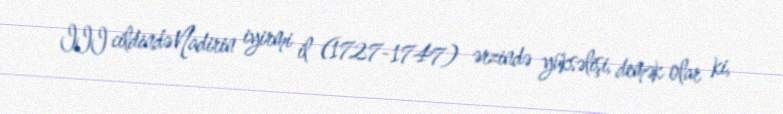
III cildində Nadirin iyirmi il (1727-1747) ərzində yüksəlişi, demək olar ki,